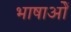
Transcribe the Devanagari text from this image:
भाषाओें